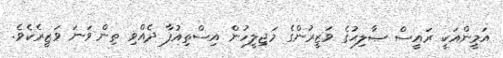
އަމީންއަކީ ރައީސް ޞާލިޙުގެ ވަޒީރުންގެ މަޖިލީހުން އިސްތިއުފާ ދެއްވި ތިން ވަނަ ވަޒީރެކެވެ.